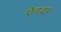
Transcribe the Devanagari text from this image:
ऐनदर